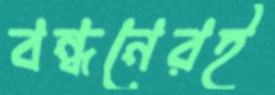
বন্ধনেরই